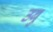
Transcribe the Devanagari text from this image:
उबु